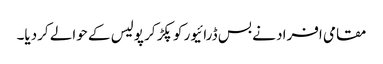
مقامی افراد نے بس ڈرائیور کو پکڑ کر پولیس کے حوالے کردیا۔